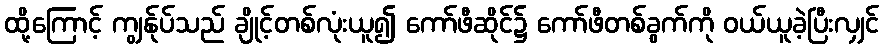
ထို့ကြောင့် ကျွန်ုပ်သည် ချိုင့်တစ်လုံးယူ၍ ကော်ဖီဆိုင်၌ ကော်ဖီတစ်ခွက်ကို ဝယ်ယူခဲ့ပြီးလျှင်